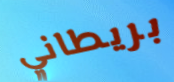
بريطاني